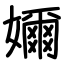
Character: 嬭